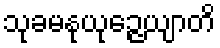
သုခမနုယုဉ္ဇေယျာတိ